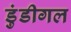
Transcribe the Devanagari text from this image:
डुंडीगल